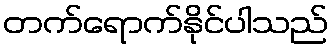
တက်ရောက်နိုင်ပါသည်